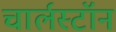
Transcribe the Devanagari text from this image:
चार्लस्टॉन